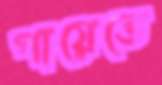
পায়েতে